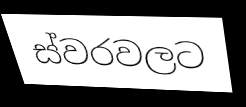
ස්වරවලට